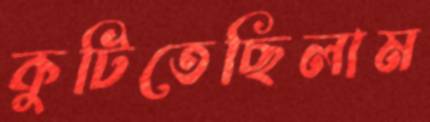
কুটিতেছিলাম